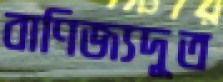
বাণিজ্যদূত